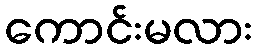
ကောင်းမလား